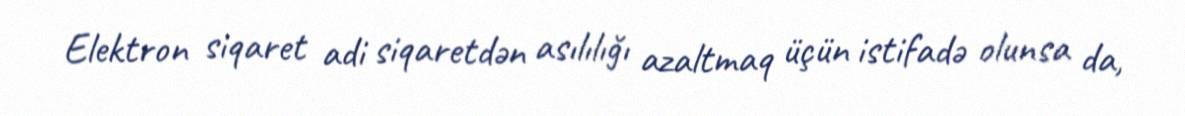
Elektron siqaret adi siqaretdən asılılığı azaltmaq üçün istifadə olunsa da,